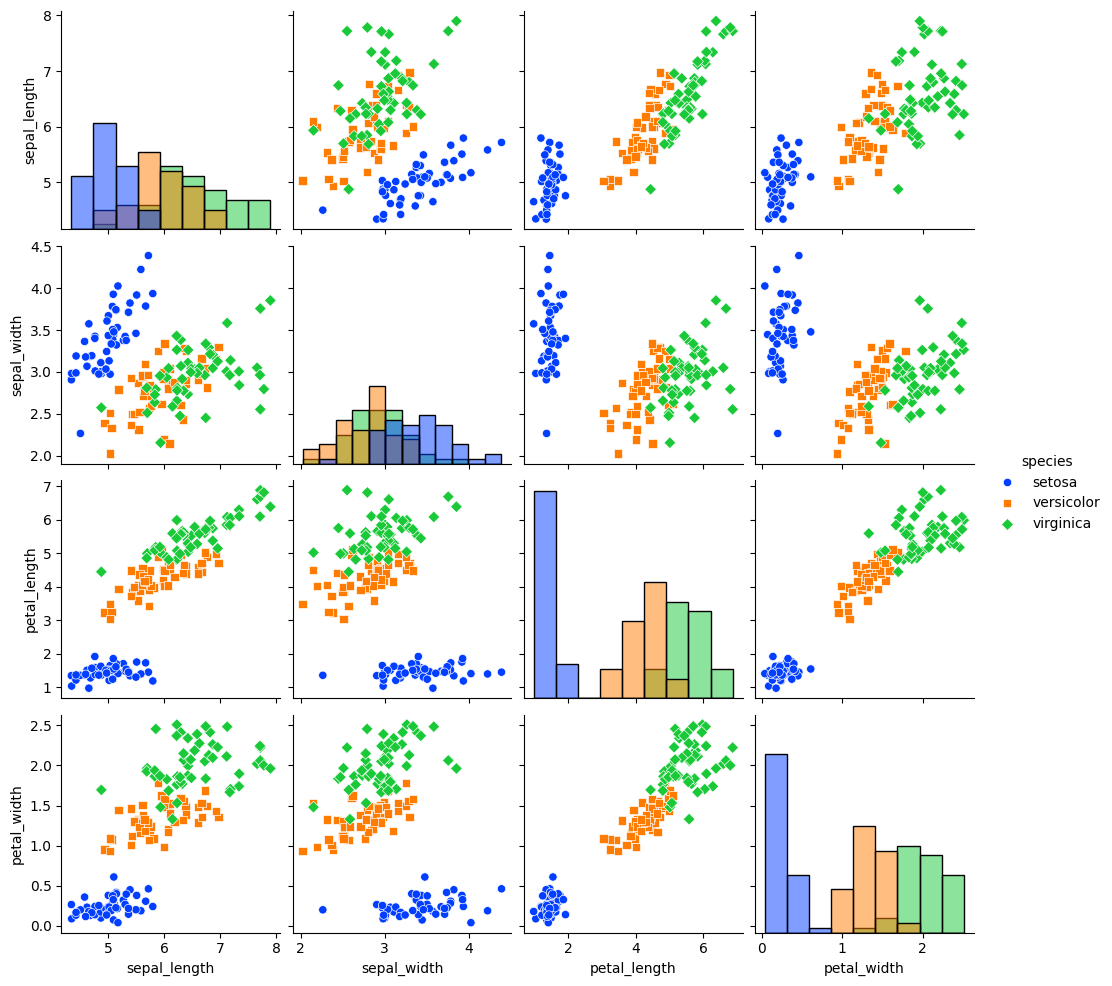
python, seaborn, pairplot, palette='bright', markers=['o', 's', 'D'], kind='scatter', diag_kind='hist'